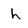
Character: h